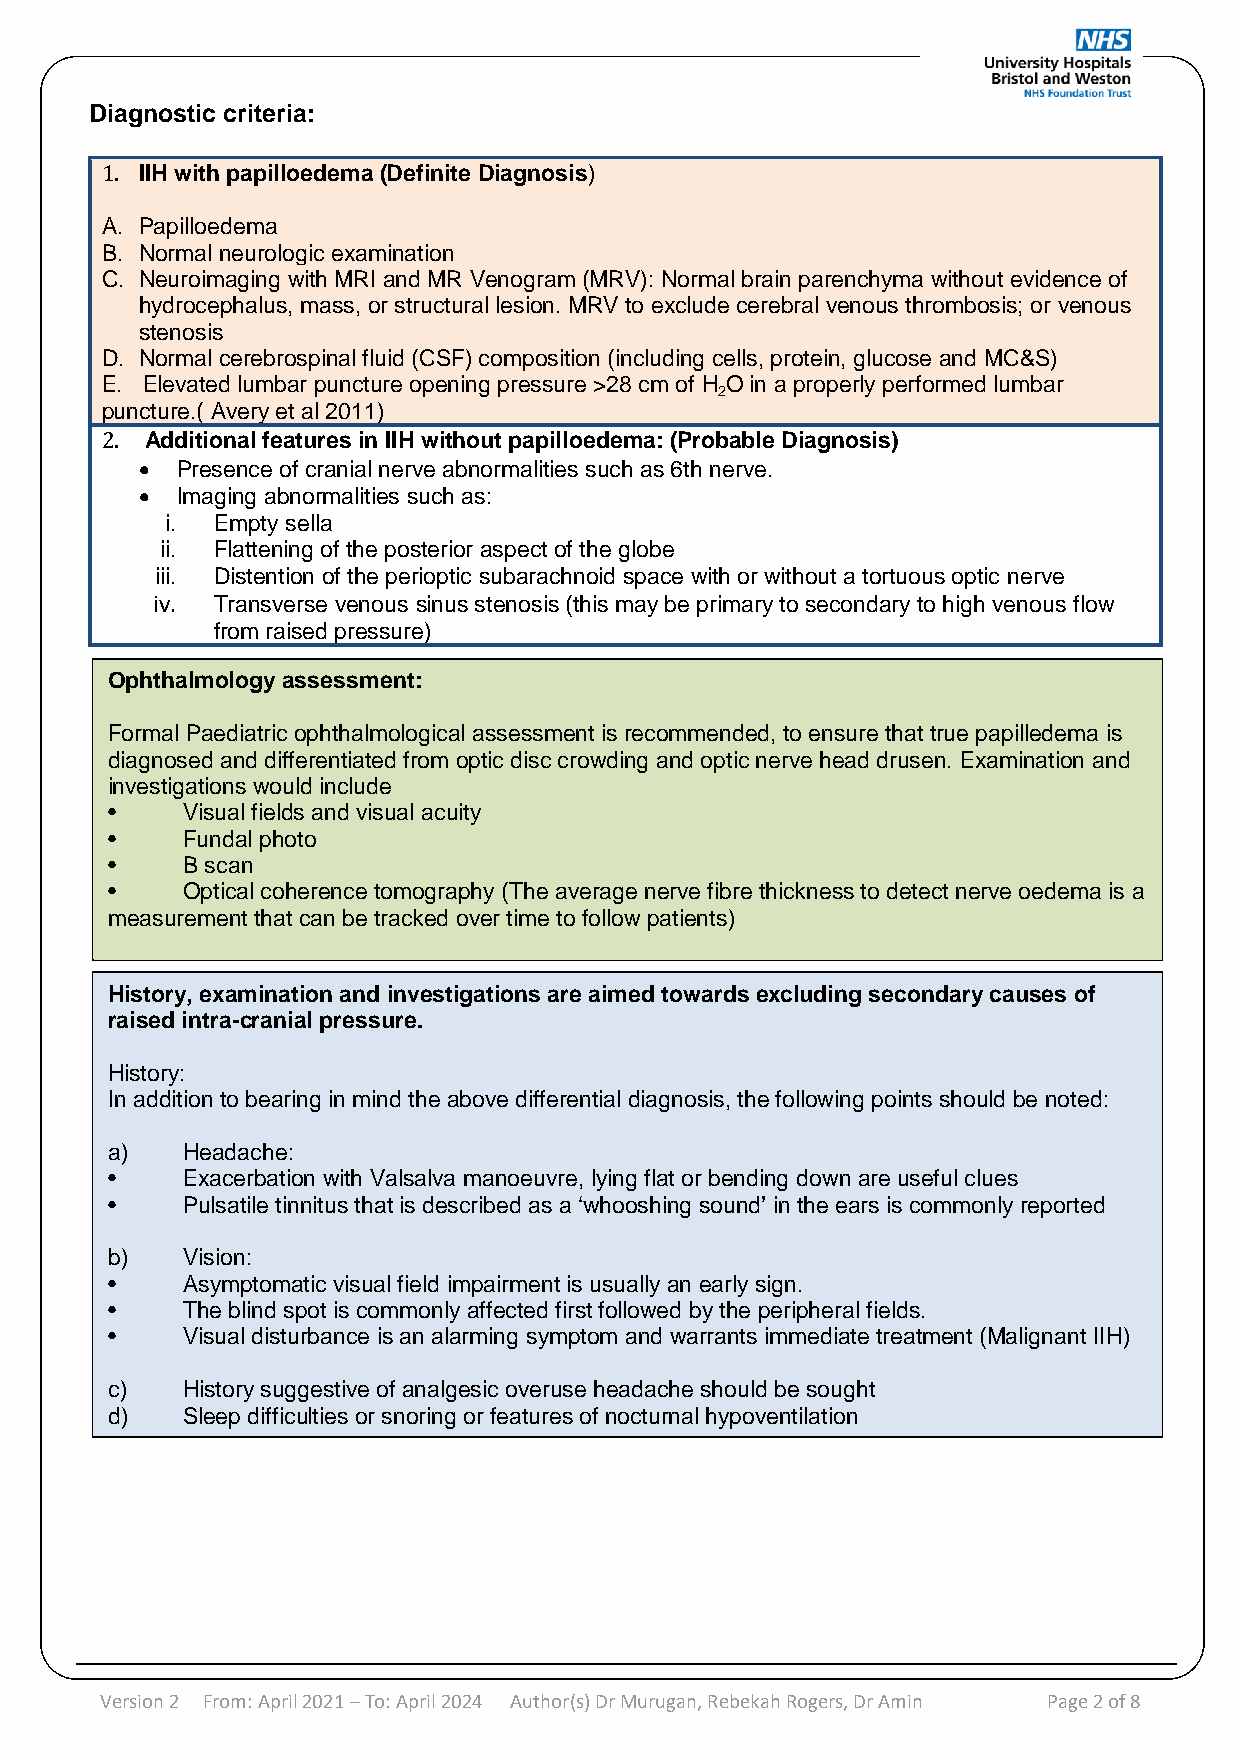
Diagnostic criteria:
 IIH with papilloedema (Definite Diagnosis)
 1A.. Papilloedema
 B. Normal neurologic examination
 C. Neuroimaging with MRI and MR Venogram (MRV): Normal brain parenchyma without evidence of
 hydrocephalus, mass, or structural lesion. MRV to exclude cerebral venous thrombosis; or venous
 stenosis
 D. Normal cerebrospinal fluid (CSF) composition (including cells, protein, glucose and MC&S)
 E. Elevated lumbar puncture opening pressure >28 cm of H O in a properly performed lumbar
 2
 puncture.( Avery et al 2011)
 Additional features in IIH without papilloedema: (Probable Diagnosis)
 •  Presence of cranial nerve abnormalities such as 6th nerve.
 2. • Imaging abnormalities such as:
 i. Empty sella
 ii. Flattening of the posterior aspect of the globe
 iii. Distention of the perioptic subarachnoid space with or without a tortuous optic nerve
 iv. Transverse venous sinus stenosis (this may be primary to secondary to high venous flow
 from raised pressure)
 Ophthalmology assessment:
 Formal Paediatric ophthalmological assessment is recommended, to ensure that true papilledema is
 diagnosed and differentiated from optic disc crowding and optic nerve head drusen. Examination and
 investigations would include
 •    Visual fields and visual acuity
 •    Fundal photo
 •    B scan
 •    Optical coherence tomography (The average nerve fibre thickness to detect nerve oedema is a
 measurement that can be tracked over time to follow patients)
 History, examination and investigations are aimed towards excluding secondary causes of
 raised intra-cranial pressure.
 History:
 In addition to bearing in mind the above differential diagnosis, the following points should be noted:
 a)   Headache:
 •    Exacerbation with Valsalva manoeuvre, lying flat or bending down are useful clues
 •    Pulsatile tinnitus that is described as a ‘whooshing sound’ in the ears is commonly reported
 b)   Vision:
 •    Asymptomatic visual field impairment is usually an early sign.
 •    The blind spot is commonly affected first followed by the peripheral fields.
 •    Visual disturbance is an alarming symptom and warrants immediate treatment (Malignant IIH)
 c)   History suggestive of analgesic overuse headache should be sought
 d)   Sleep difficulties or snoring or features of nocturnal hypoventilation
 Version 2 From: April 2021 – To: April 2024 Au thor(s) Dr Murugan, Rebekah Rogers, Dr Amin Page 2 of 8